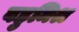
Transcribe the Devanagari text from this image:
बहुमिश्र